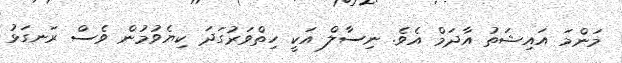
މަންމަ އައިޝަތު އާދަމް އެވެ. ނިސާލް އަކީ ހިތްވަރުގަދަ ކިޔެވުމުން ވެސް ރަނގަޅު